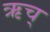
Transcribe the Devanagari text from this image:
ऋच्‌